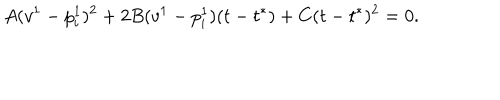
A ( v ^ { 1 } - p _ { i } ^ { 1 } ) ^ { 2 } + 2 B ( v ^ { 1 } - p _ { i } ^ { 1 } ) ( t - t ^ { * } ) + C ( t - t ^ { * } ) ^ { 2 } = 0 .